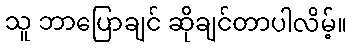
သူ ဘာပြောချင် ဆိုချင်တာပါလိမ့်။